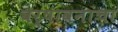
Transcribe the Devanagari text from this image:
वर्षावनांचा